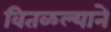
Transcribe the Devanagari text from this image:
वितळल्याने